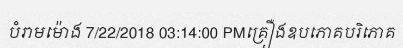
បំរាមម៉ោង 7/22/2018 03:14:00 PMគ្រឿងឧបភោគបរិភោគ